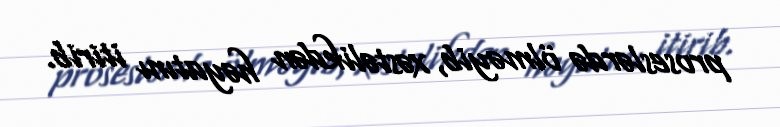
proseslərdə ölməyib, xəstəlikdən həyatını itirib.